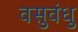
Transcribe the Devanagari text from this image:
वसुवंधु